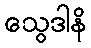
သွေဒါနိ